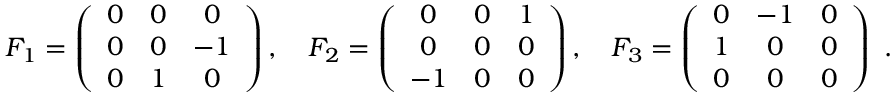
F _ { 1 } = \left( { \begin{array} { c c c } { 0 } & { 0 } & { 0 } \\ { 0 } & { 0 } & { - 1 } \\ { 0 } & { 1 } & { 0 } \end{array} } \right) , \quad F _ { 2 } = \left( { \begin{array} { c c c } { 0 } & { 0 } & { 1 } \\ { 0 } & { 0 } & { 0 } \\ { - 1 } & { 0 } & { 0 } \end{array} } \right) , \quad F _ { 3 } = \left( { \begin{array} { c c c } { 0 } & { - 1 } & { 0 } \\ { 1 } & { 0 } & { 0 } \\ { 0 } & { 0 } & { 0 } \end{array} } \right) ~ . \quad